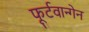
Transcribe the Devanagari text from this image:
फूर्टवान्गेन